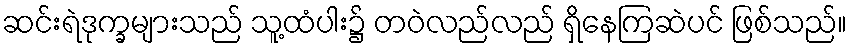
ဆင်းရဲဒုက္ခများသည် သူ့ထံပါး၌ တဝဲလည်လည် ရှိနေကြဆဲပင် ဖြစ်သည်။